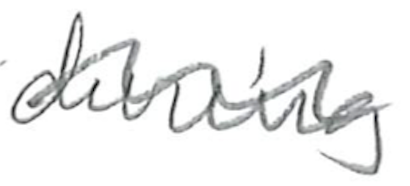
Text: during
Cross-out: wave
Writing tool: pencil